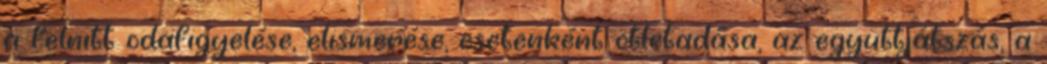
a felnıtt odafigyelése, elismerése, esetenként ötletadása, az együttjátszás, a